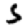
Digit: 5